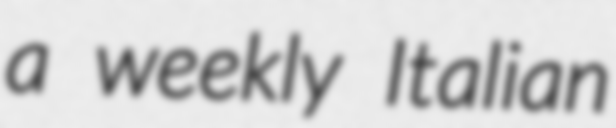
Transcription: a weekly Italian